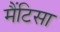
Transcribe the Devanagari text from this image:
मैंटिसा